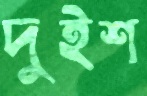
দুইশ